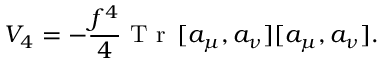
V _ { 4 } = - \frac { f ^ { 4 } } { 4 } \textrm { T r } \, [ a _ { \mu } , a _ { \nu } ] [ a _ { \mu } , a _ { \nu } ] .